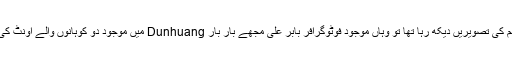
میں جب اس پوری مہم کی تصویریں دیکھ رہا تھا تو وہاں موجود فوٹوگرافر بابر علی مجھے بار بار Dunhuang میں موجود دو کوہانوں والے اونٹ کی تصویر دکھا رہا تھا۔